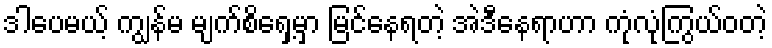
ဒါပေမယ့် ကျွန်မ မျက်စိရှေ့မှာ မြင်နေရတဲ့ အဲဒီနေရာဟာ ကုံလုံကြွယ်ဝတဲ့